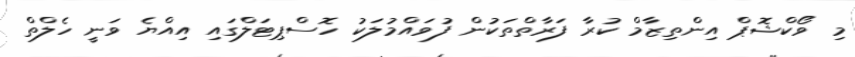
މި ވޯކްޝޮޕް އިންތިޒާމް ކުރާ ފަރާތްތަކުން ފުވައްމުލަކު ހޮސްޕިޓަލްގައި އިއްޔެ ވަނީ ހެލްތް